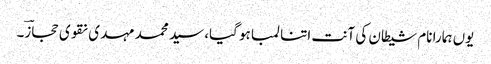
یوں ہمارا نام شیطان کی آنت اتنا لمبا ہو گیا، سید محمد مہدی نقوی حجازؔ۔